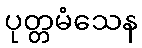
ပုတ္တမံသေန